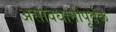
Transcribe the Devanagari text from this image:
असावधानीपूर्वक